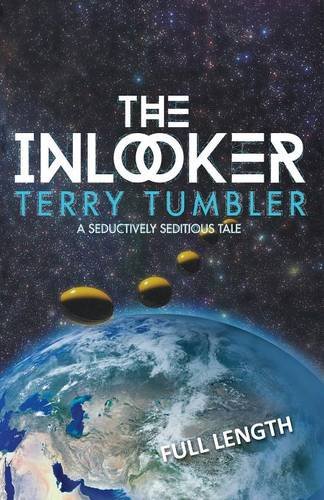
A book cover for The Inlooker: Full Length; Terry Tumbler; Literature & Fiction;